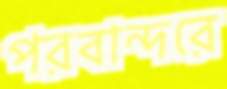
পরবান্দরে